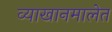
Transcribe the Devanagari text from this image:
व्याखानमालेत